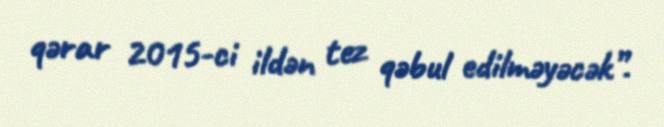
qərar 2015-ci ildən tez qəbul edilməyəcək”.